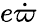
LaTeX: e\dot{\varpi}